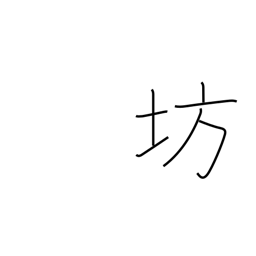
Meaning: boy